Vaccination in Bombay 1856-1862 - 1856-1862
Year: 1856
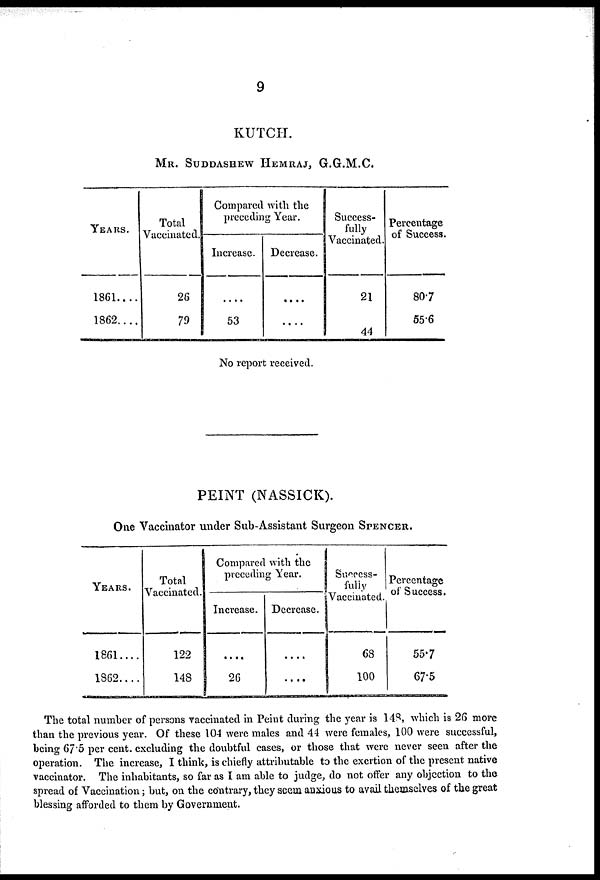
9
KUTCH.
MR. SUDDASHEW HEMRAJ, G.G.M.C.
YEARS.
1861....
1862....
Total
Vaccinated.
26
79
Compared with the
preceding Year.
Increase.
....
53
Decrease.
....
....
Success¬
fully
Vaccinated.
21
44
Percentage
of Success.
80.7
65.6
No report received.
PEINT (NASSICK).
One Vaccinator under Sub-Assistant Surgeon SPENCER.
YEARS.
1861....
1862....
Total
Vaccinated.
122
148
Compared with the
preceding Year.
Increase.
....
26
Decrease.
....
....
Success¬
fully
Vaccinated.
68
100
Percentage
of Success.
55.7
67.5
The total number of persons vaccinated in Peint during the year is 148, which is 26 more
than the previous year. Of these 104 were males and 44 were females, 100 were successful,
being 67.5 per cent. excluding the doubtful cases, or those that were never seen after the
operation. The increase, I think, is chiefly attributable to the exertion of the present native
vaccinator. The inhabitants, so far as I am able to judge, do not offer any objection to the
spread of Vaccination; but, on the contrary, they seem anxious to avail themselves of the great
blessing afforded to them by Government.